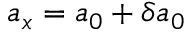
a _ { x } = a _ { 0 } + \delta a _ { 0 }